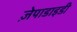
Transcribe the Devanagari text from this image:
ज़ेपाडाइडी